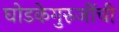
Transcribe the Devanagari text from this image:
घोडकेगुरुजींची